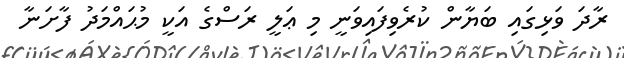
ރާދަ ވަޅިގައި ބަޔާން ކުރެވިފައިވަނީ މި ޢަލީ ރަސްގެ އަކީ މުޙައްމަދު ފާށަނާ